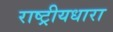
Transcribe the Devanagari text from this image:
राष्ट्रीयधारा